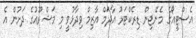
އެސްޓީއޯގެ މެނޭޖިން ޑިރެކްޓަރު އާދަމް އާޒިމް ވިދާޅުވީ މި މަޝްރޫއުގެ ދަށުން އެ